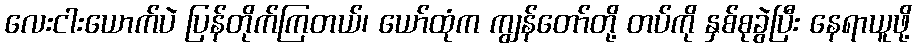
လေးငါးယောက်ပဲ ပြန်တိုက်ကြတယ်၊ ယော်ထုံက ကျွန်တော်တို့ တပ်ကို နှစ်စုခွဲပြီး နေရာယူဖို့